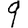
Digit: 9